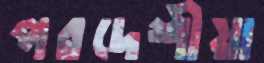
পরদেশীয়া